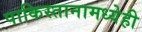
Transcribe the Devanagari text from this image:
पाकिस्तानामध्येही